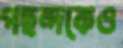
পছন্দকেও